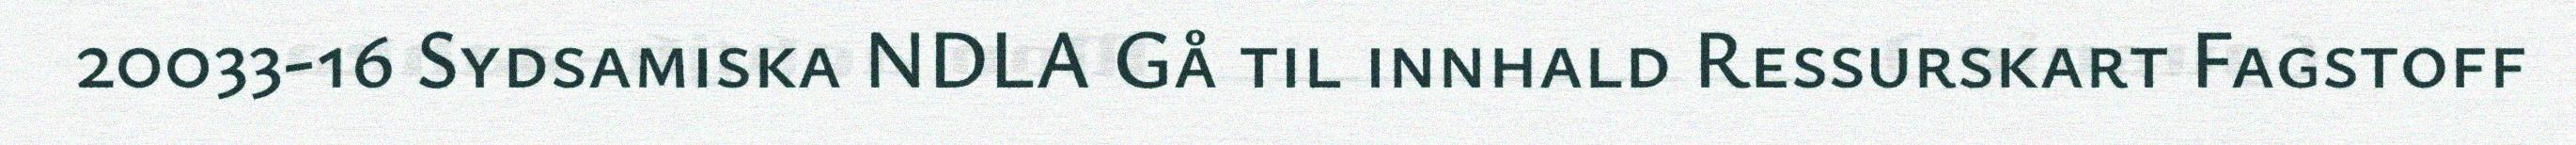
20033-16 Sydsamiska NDLA Gå til innhald Ressurskart Fagstoff